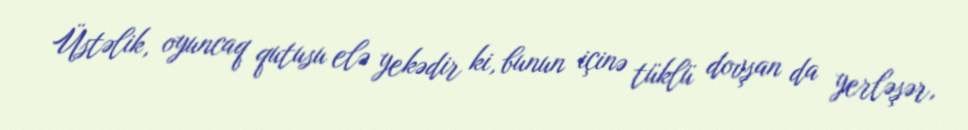
Üstəlik, oyuncaq qutusu elə yekədir ki, bunun içinə tüklü dovşan da yerləşər,